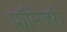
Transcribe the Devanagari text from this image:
प्रॉमिजरी